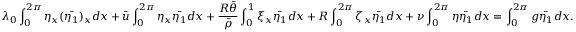
\lambda _ { 0 } \int _ { 0 } ^ { 2 \pi } \eta _ { x } ( \bar { \eta _ { 1 } } ) _ { x } d x + \bar { u } \int _ { 0 } ^ { 2 \pi } \eta _ { x } \bar { \eta _ { 1 } } d x + \frac { R \bar { \theta } } { \bar { \rho } } \int _ { 0 } ^ { 1 } \xi _ { x } \bar { \eta _ { 1 } } d x + R \int _ { 0 } ^ { 2 \pi } \zeta _ { x } \bar { \eta _ { 1 } } d x + \nu \int _ { 0 } ^ { 2 \pi } \eta \bar { \eta _ { 1 } } d x = \int _ { 0 } ^ { 2 \pi } g \bar { \eta _ { 1 } } d x .